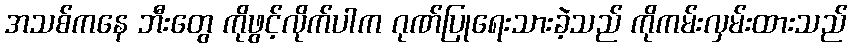
အသစ်ကနေ ဘီးတွေ ကိုဖွင့်လိုက်ပါက ဂုဏ်ပြုရေးသားခဲ့သည် ကိုကမ်းလှမ်းထားသည်